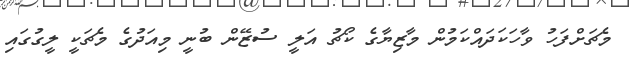
މެޗަށްފަހު ވާހަކަދައްކަމުން މާޒިޔާގެ ކޯޗު އަލީ ސުޒޭން ބުނީ މިއަދުގެ މެޗަކީ ލީގުގައި